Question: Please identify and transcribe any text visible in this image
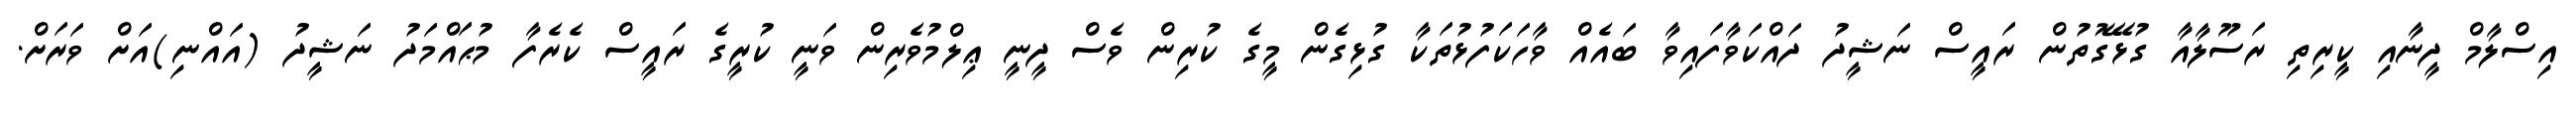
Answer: އިސްލާމް ދީނާއި ކީރިތި ރަސޫލާއާ ގުޅޭގޮތުން ރައީސް ނަޝީދު ދައްކަވާފައިވާ ބައެއް ވާހަކަފުޅުތަކާ ގުޅިގެން މީގެ ކުރިން ވެސް ދީނީ ޢިލްމުވެރިން ވަނީ ކުރީގެ ރައީސް ކެރެފާ މުޙައްމަދު ނަޝީދު (އައްނި)އަށް ވަރަށް.